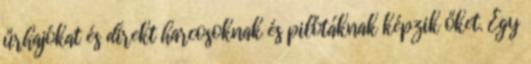
űrhajókat és direkt harcosoknak és pilótáknak képzik őket. Egy